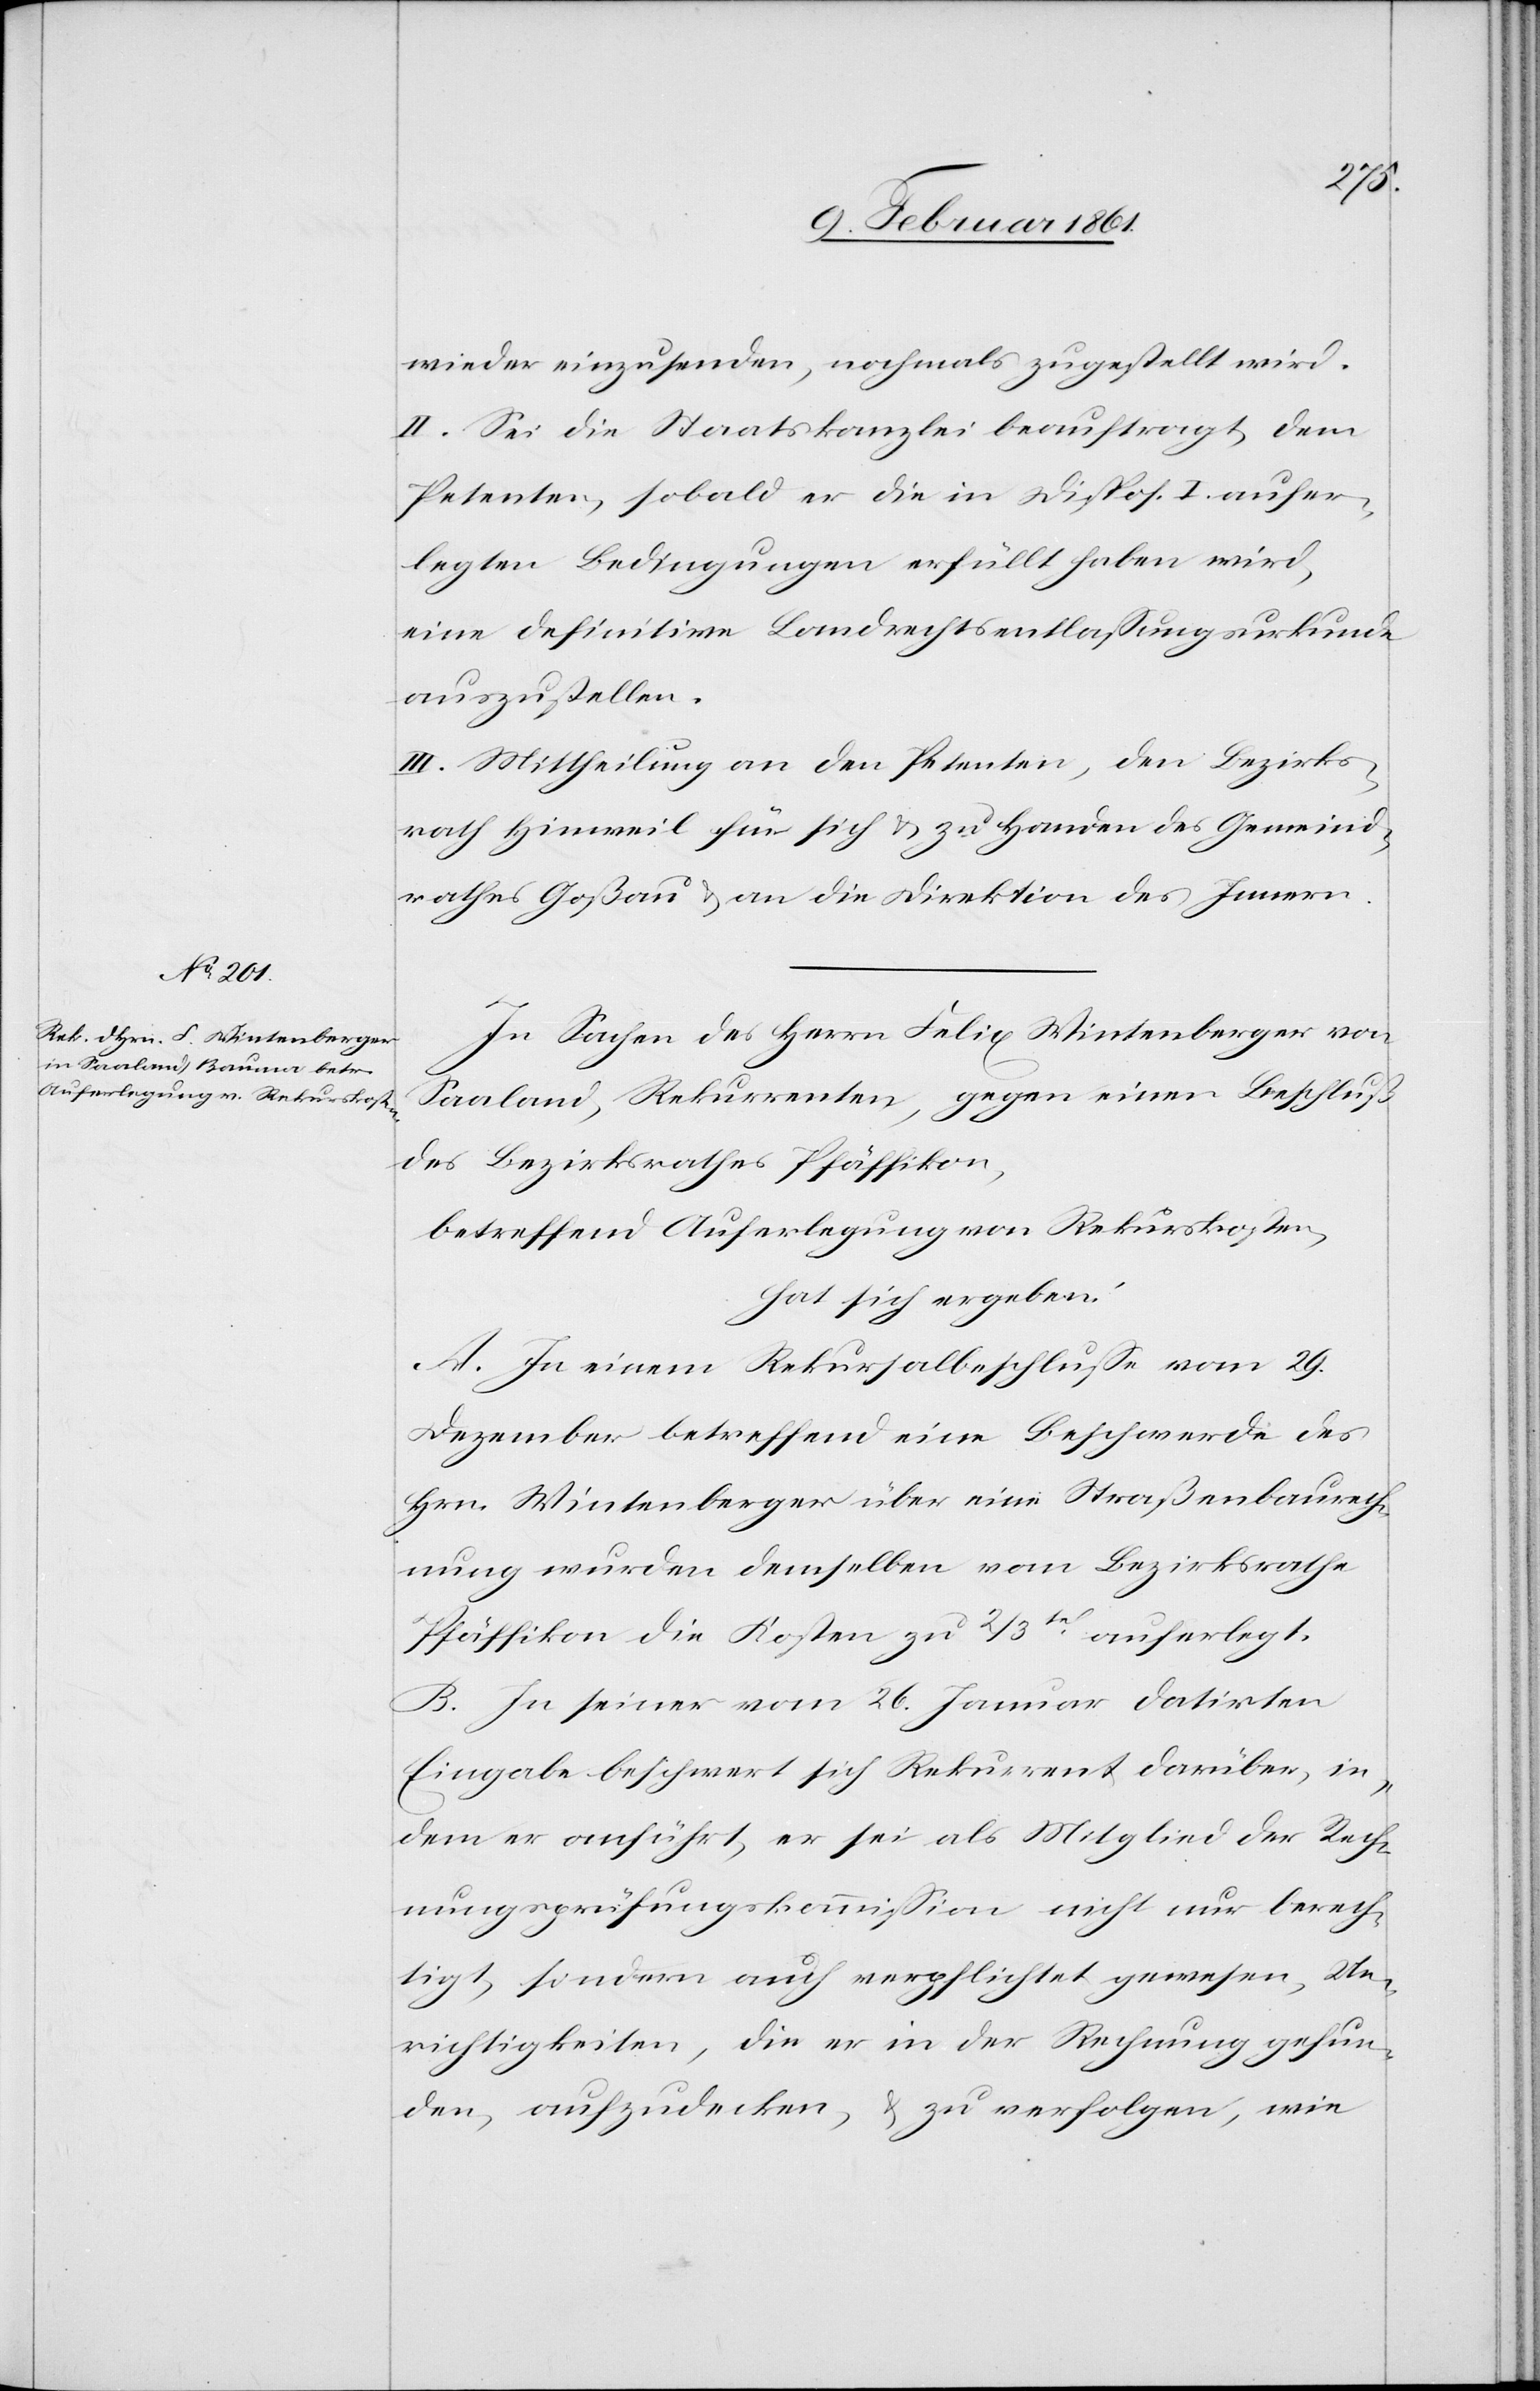
wieder einzusenden, nochmals zugestellt wird.
II. Sei die Staatskanzlei beauftragt, dem
Petenten, sobald er die in Dispos. I. aufer¬
legten Bedingungen erfüllt haben wird,
eine definitive Landrechtsentlassungsurkunde
auszustellen.
III. Mittheilung an den Petenten, den Bezirks¬
rath Hinweil für sich u. zu Handen des Gemeind¬
rathes Goßau u. an die Direktion des Innern.
In Sachen des Herrn Felix Wintenberger von
Saaland, Rekurrenten, gegen einen Beschluß
des Bezirksrathes Pfäffikon,
betreffend Auferlegung von Rekurskosten,
hat sich ergeben:
A. In einem Rekursalbeschlusse vom 29.
Dezember betreffend eine Beschwerde des
Hrn. Wintenberger über eine Straßenbaurech¬
nung wurden demselben vom Bezirksrathe
Pfäffikon die Kosten zu 2/3tel auferlegt.
B. In seiner vom 26. Januar datirten
Eingabe beschwert sich Rekurrent darüber, in¬
dem er anführt, er sei als Mitglied der Rech¬
nungsprüfungskommission nicht nur berech¬
tigt, sondern auch verpflichtet gewesen, Un¬
richtigkeiten, die er in der Rechnung gefun¬
den, aufzudecken, u. zu verfolgen, wie